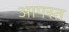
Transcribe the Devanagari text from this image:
आपस्त